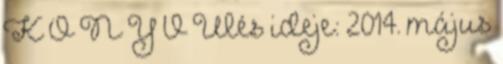
K Ö N Y V Ülés ideje: 2014. május